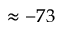
\approx - 7 3